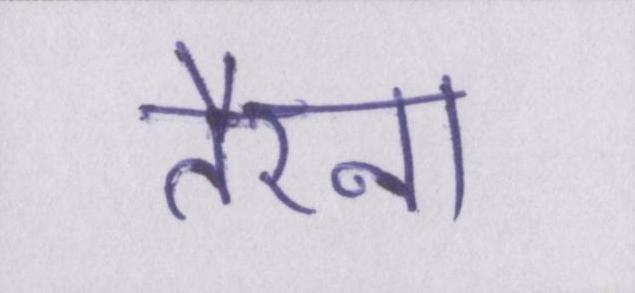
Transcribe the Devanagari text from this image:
तैरना